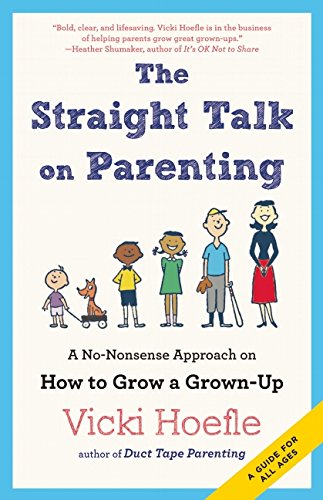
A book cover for The Straight Talk on Parenting: A No-Nonsense Approach on How to Grow a Grown-Up; Vicki Hoefle; Parenting & Relationships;